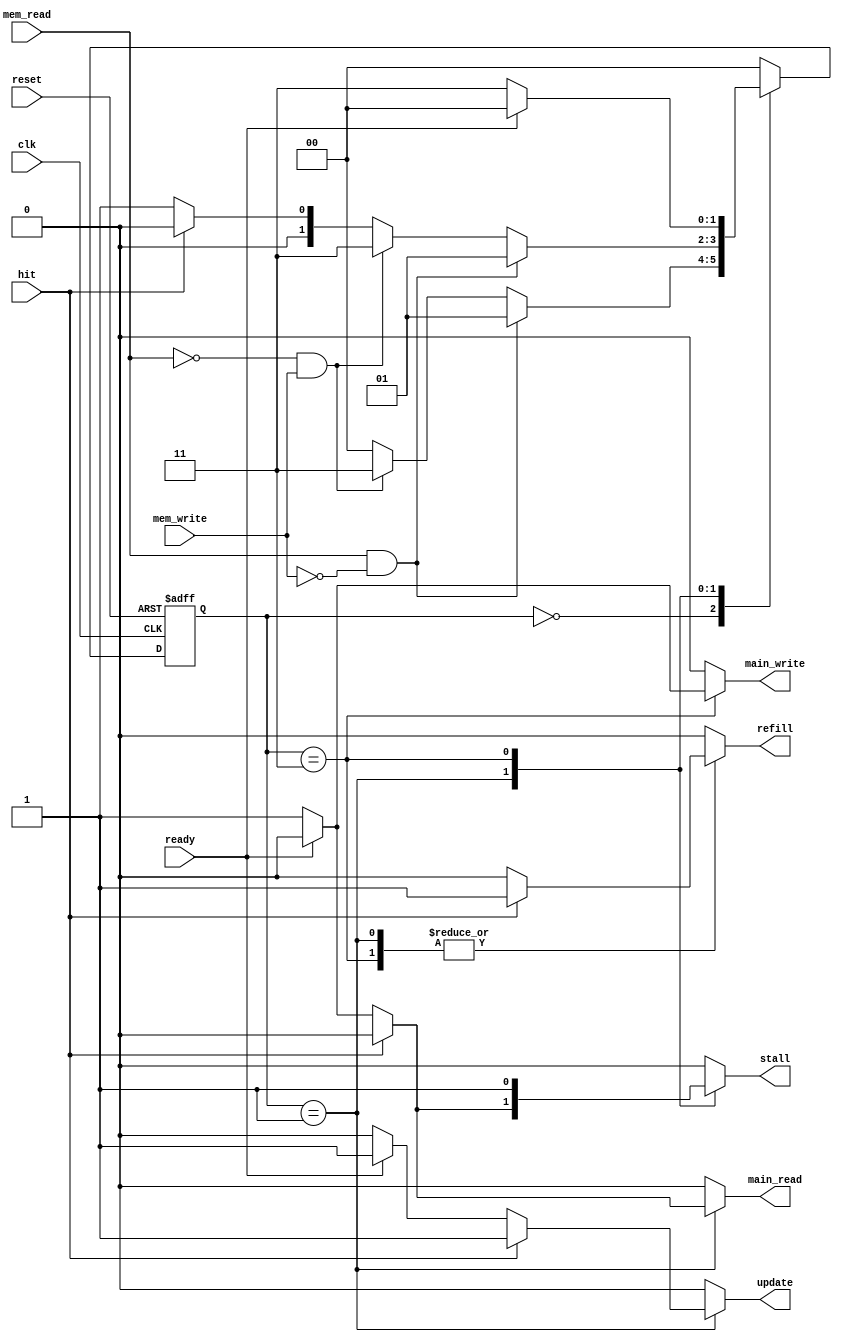
module controller(
    input   wire mem_read,mem_write,ready,clk,reset,hit,
    output  reg  stall,main_read,main_write,refill,update
);

localparam  [1:0]   idle            = 2'b00 ,
                    reading         = 2'b01 ,
                    writing         = 2'b11 ;

reg         [1:0]  current_state , next_state ;

always @(negedge clk or negedge reset)         
begin
    if(!reset) begin
        current_state <= idle;
    end  
    else begin
        current_state <= next_state;
    end
end
always @(*)
begin
    case(current_state)
        idle            :   begin
                                if(mem_read && !mem_write)
                                    next_state = reading ;
                                else if (!mem_read && mem_write)
                                    next_state = writing ;
                                else
                                    next_state = idle ;
                            end
          
        reading         :   begin
                                if(mem_read && !mem_write)
                                    next_state = reading ;
                                else if (!mem_read && mem_write)
                                    next_state = writing ;
                                else if(hit == 1'b1)
                                    next_state = idle ;
                                else
                                    next_state = reading ;
                            end   
    
        writing         :   begin
                                if (ready == 1'b1)
                                next_state = idle;
                                else 
                                next_state = writing;
                            end

        default         :   begin
                                next_state = idle;
                            end            
    endcase
end
   
always@(*)
begin
    
                                    stall       = 1'b0 ;
                                    main_read   = 1'b0 ;
                                    main_write  = 1'b0 ;
                                    refill      = 1'b0 ;
                                    update      = 1'b0 ;

    case(current_state)
            idle            :   begin
                                    stall       = 1'b0 ;
                                    main_read   = 1'b0 ;
                                    main_write  = 1'b0 ;
                                    refill      = 1'b0 ;
                                    update      = 1'b0 ;
                                end
          
            reading         :   begin
                                    if (hit) begin
                                        stall       = 1'b0 ;
                                        main_read   = 1'b0 ;
                                        main_write  = 1'b0 ;
                                        refill      = 1'b1 ;
                                        update      = 1'b1 ;    
                                    end 
                                    else if (ready)
                                    begin
                                        stall       = 1'b0 ;
                                        main_read   = 1'b0 ;
                                        main_write  = 1'b0 ;
                                        refill      = 1'b0 ;
                                        update      = 1'b1 ;
                                    end
                                    else
                                    begin
                                        stall       = 1'b1 ;
                                        main_read   = 1'b1 ;
                                        main_write  = 1'b0 ;
                                        refill      = 1'b0 ;
                                        update      = 1'b0 ;
                                    end
                                end
         
            writing         :   begin
                                    stall       = 1'b1 ;
                                    main_read   = 1'b0 ;
                                    update      = 1'b0 ;

                                    if (ready == 1'b1) begin
                                        main_write  = 1'b0 ;
                                    end 
                                    else begin
                                        main_write  = 1'b1 ;
                                    end

                                    if (hit == 1'b1) begin
                                        refill      = 1'b1 ;
                                    end 
                                    else begin
                                        refill      = 1'b0 ;
                                    end
                                end

            default         :   begin
                                    stall       = 1'b0 ;
                                    main_read   = 1'b0 ;
                                    main_write  = 1'b0 ;
                                    refill      = 1'b0 ;
                                    update      = 1'b0 ;
                                end

        endcase
end

endmodule